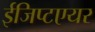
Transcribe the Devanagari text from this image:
ईजिप्टएयर